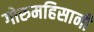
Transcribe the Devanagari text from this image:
गोरुमहिसानी